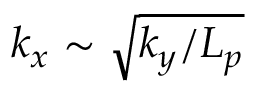
k _ { x } \sim \sqrt { k _ { y } / L _ { p } }